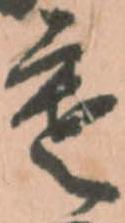
寒